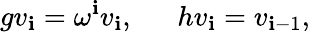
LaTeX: gv_{\mathbf{i}}=\omega^{\mathbf{i}}v_{\mathbf{i}},~~~~~~hv_{\mathbf{i}}=v_{\mathbf{i}-1},